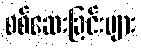
စစ်ဆေးခြင်းများ